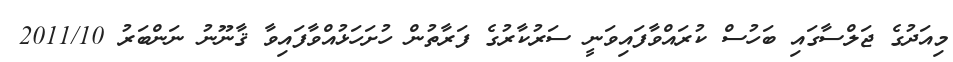
މިއަދުގެ ޖަލްސާގައި ބަހުސް ކުރައްވާފައިވަނީ ސަރުކާރުގެ ފަރާތުން ހުށަހަޅުއްވާފައިވާ ޤާނޫނު ނަންބަރު 2011/10